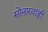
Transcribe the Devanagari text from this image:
सोनारवाडी